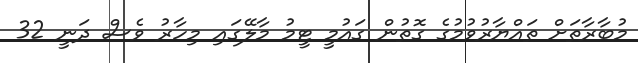
މުބާރާތަށް ތައްޔާރުވުމުގެ ގޮތުން ގައުމީ ޓީމު މާލޭގައި މިހާރު ވެސް ދަނީ 32